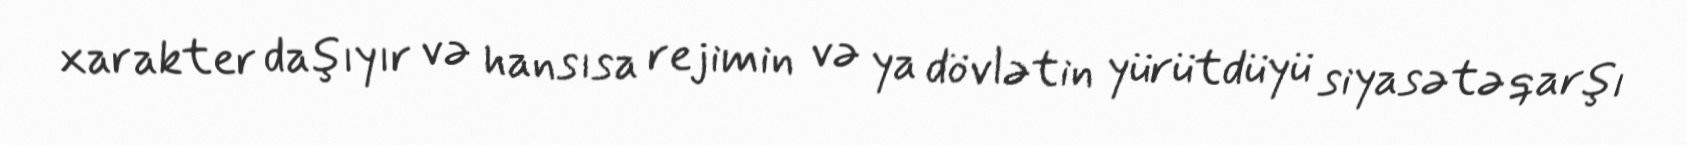
xarakter daşıyır və hansısa rejimin və ya dövlətin yürütdüyü siyasətə qarşı